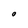
Character: O